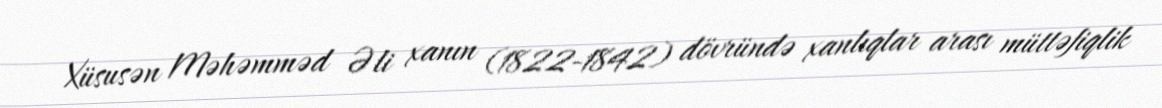
Xüsusən Məhəmməd Əli xanın (1822-1842) dövründə xanlıqlar arası müttəfiqlik